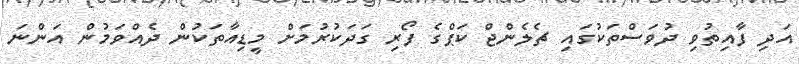
އަދި ފާއިތުވި ދުވަސްތަކުގައި ޗެލެންޖް ކަޕްގެ ފޯރި ގަދަކުރުމަށް މީޑިއާތަކުން ދެއްވަމުން އަންނަ